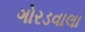
ગોરડવાલા